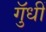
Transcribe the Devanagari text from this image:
गुॅधीं